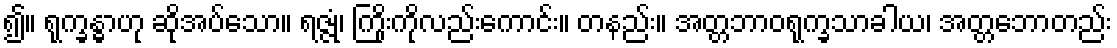
၍။ ရုက္ခန္ဓာဟု ဆိုအပ်သော။ ရဇ္ဇုံ၊ ကြိုးကိုလည်းကောင်း။ တနည်း။ အတ္တဘာဝရုက္ခသာခါယ၊ အတ္တဘောတည်း